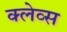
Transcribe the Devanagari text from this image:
क्लेव्स